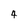
Character: 4